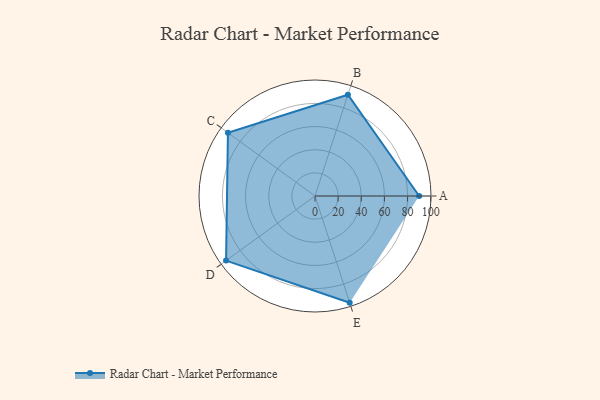
{"axis": {"x": "Skill", "y": "Score"}, "legend": ["Profile"], "data": [{"x": "A", "y": 90.0, "type": "Profile"}, {"x": "B", "y": 92.0, "type": "Profile"}, {"x": "C", "y": 93.0, "type": "Profile"}, {"x": "D", "y": 95.0, "type": "Profile"}, {"x": "E", "y": 97.0, "type": "Profile"}]}